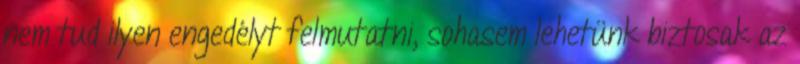
nem tud ilyen engedélyt felmutatni, sohasem lehetünk biztosak az